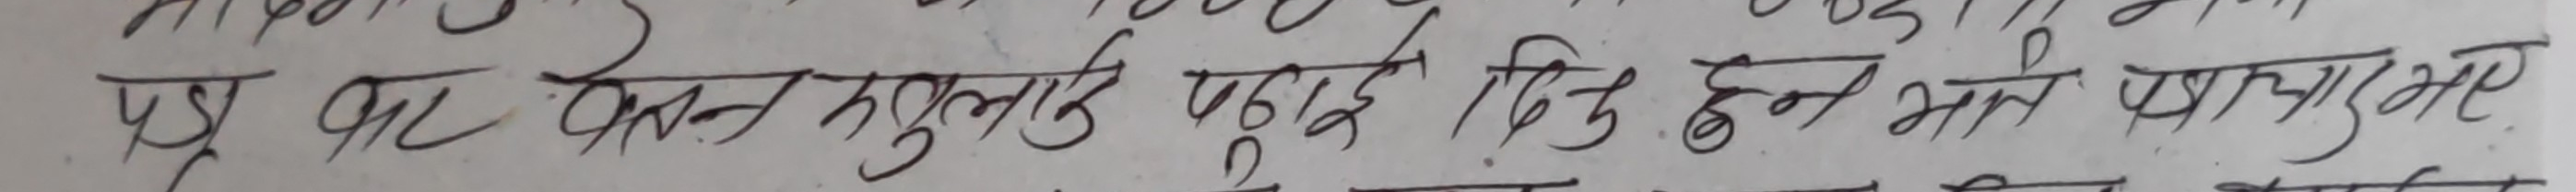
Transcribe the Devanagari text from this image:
पत्र कर बुलाए पुगेछ किंतु हन पाए अहले